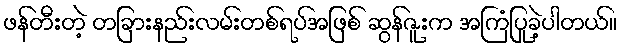
ဖန်တီးတဲ့ တခြားနည်းလမ်းတစ်ရပ်အဖြစ် ဆွန်ဇူးက အကြံပြုခဲ့ပါတယ်။